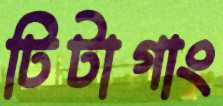
টিটাগাং